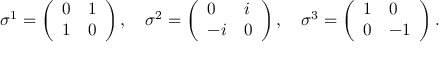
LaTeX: \sigma ^ { 1 } = \left( \begin{array} { l l } { { 0 } } & { { 1 } } \\ { { 1 } } & { { 0 } } \end{array} \right) , \quad \sigma ^ { 2 } = \left( \begin{array} { l l } { { 0 } } & { { i } } \\ { { - i } } & { { 0 } } \end{array} \right) , \quad \sigma ^ { 3 } = \left( \begin{array} { l l } { { 1 } } & { { 0 } } \\ { { 0 } } & { { - 1 } } \end{array} \right) .